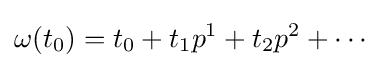
\omega (t_{0})=t_{0}+t_{1}p^{1}+t_{2}p^{2}+\cdots